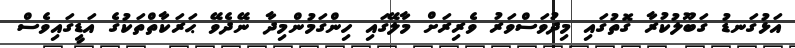
އަޅުގަނޑު ގަބޫލުކުރާ ގޮތުގައި މިދުވަސްވަރު ވެރިރަށް މާލޭގައި ހިންގަމުންމިދާ ނޭދެވޭ ޙަރަކާތްތަކުގެ އަޑީގައިވެސް